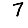
Digit: 7